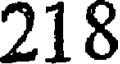
218